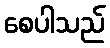
စေပါသည်